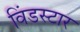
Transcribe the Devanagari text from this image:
विंडस्टार